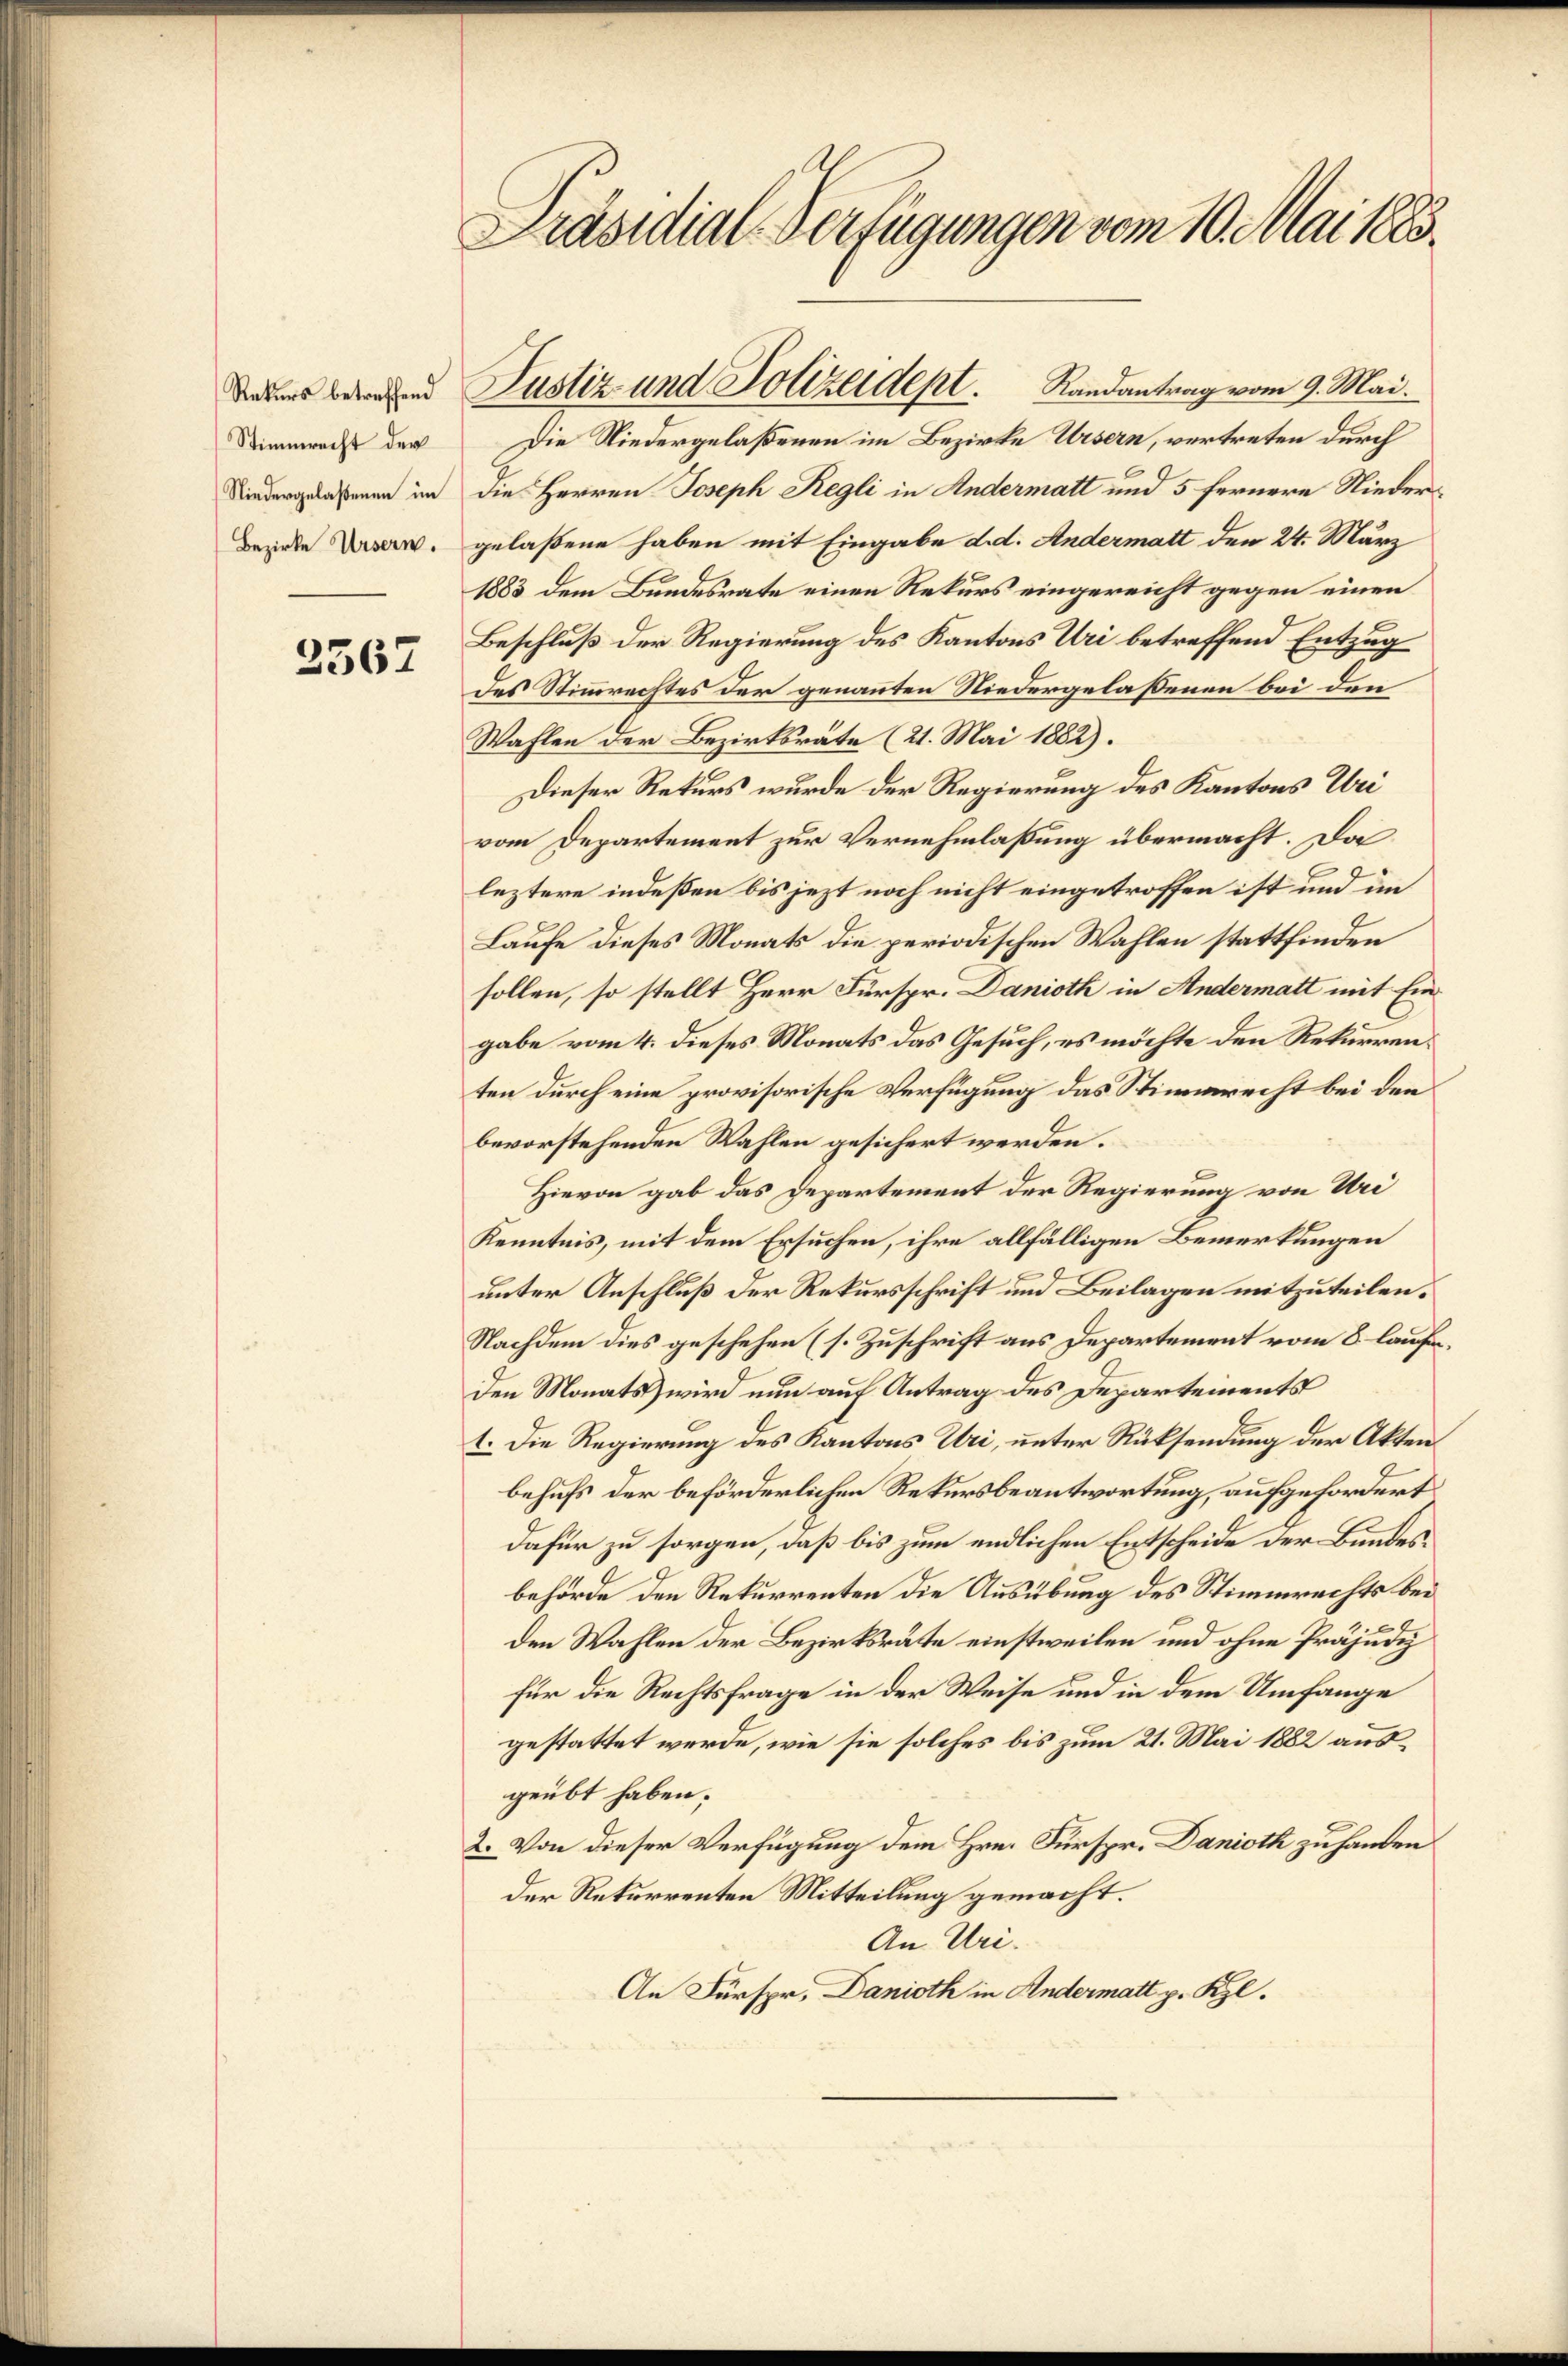
Stimmrecht der
Niedergelaßenen im
Bezirke Ursern.

2562

Präsidial-Verfügungen vom 10. Mai 1883.

Die Niedergelaßenen im Bezirke Ursern, vertreten durch
die Herren Joseph Regli in Andermatt und 5 fernere Niedergelaßene haben mit Eingabe d. d. Andermatt den 24. März
1883 dem Bundesrate einen Rekurs eingereicht gegen einen
Beschluß der Regierung des Kantons Uri betreffend Entzug
des Stimmrechtes der genannten Niedergelaßenen bei den
Wahlen der Bezirksräte (21. Mai 1882).
Dieser Rekurs wurde der Regierung des Kantons Uri
vom Departement zur Vernehmlassung übermacht. Da
leztere indeßen bis jezt noch nicht eingetroffen ist und im
Laufe dieses Monats die periodischen Wahlen stattfinden
sollen, so stellt Herr Fürspr. Danioth in Andermatt mit Eingabe vom 4. dieses Monats das Gesuch, es möchte den Rekurrenten durch eine provisorische Verfügung das Stimmrecht bei den
bevorstehenden Wahlen gesichert werden.
Hievon gab das Departement der Regierung von Uri
Kenntnis, mit dem Ersuchen, ihre allfälligen Bemerkungen
unter Anschluß der Rekursschrift und Beilagen mitzuteilen.
Nachdem dies geschehen (s. Zuschrift aus Departement vom 8. laufeden Monats wird nun auf Antrag des Departements
1. Die Regierung des Kantons Uri, unter Rücksendung der Akten
behufs der beförderlichen Rekursbeantwortung, aufgefordert
dafür zu sorgen, daß bis zum endlichen Entscheide der Bundesbehörde den Rekurrenten die Ausübung des Stimmrechts bei
den Wahlen der Bezirksräte einstweilen und ohne Präjudiz
für die Rechtsfrage in der Weise und in dem Umfange
gestattet werde, wie sie solches bis zum 21. Mai 1882 ausgeübt haben;
2. Von dieser Verfügung dem Hrn. Fürspr. Danioth zu handen
der Rekurrenten Mitteilung gemacht.
An Uri.
An Fürspr. Danioth in Andermatt p. Kl.

Daus werden Justiz und Polizeidept. Randantrag vom 9. Mai.